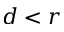
d < r